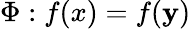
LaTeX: \Phi:f(x)=f(\mathbf{y})